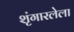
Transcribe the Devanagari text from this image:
शृंगारलेला